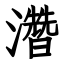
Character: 濳